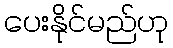
ပေးနိုင်မည်ဟု